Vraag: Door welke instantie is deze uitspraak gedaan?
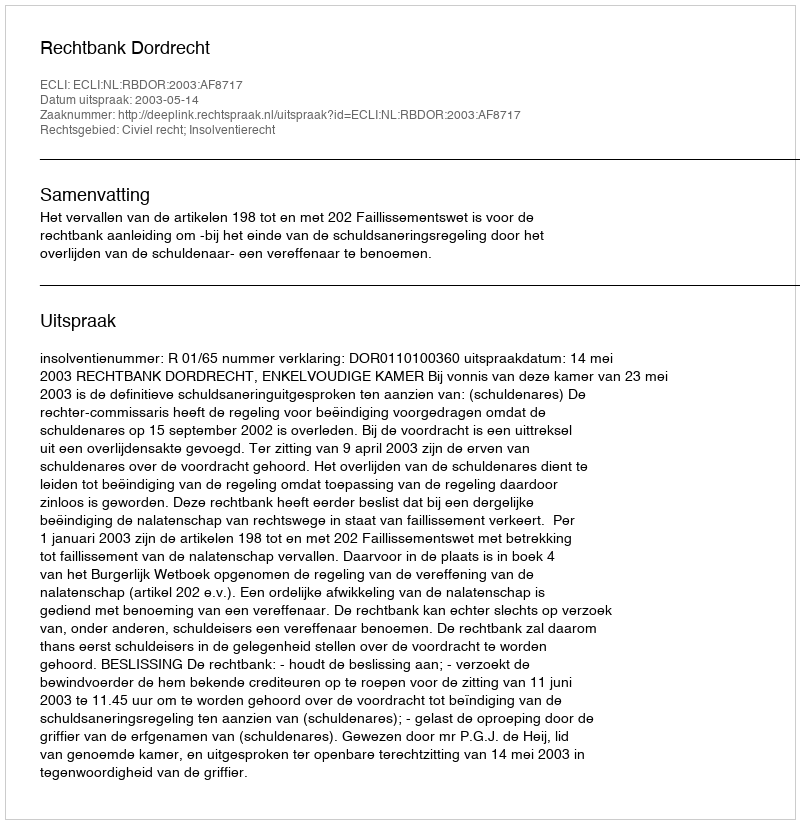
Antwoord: Rechtbank Dordrecht